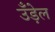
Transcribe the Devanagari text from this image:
उँड़ेल